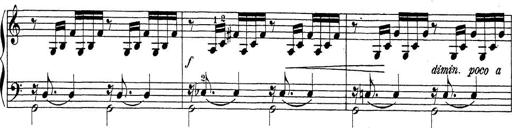
Title: Sonatina Album
Composer: Louis KÃ¶hler